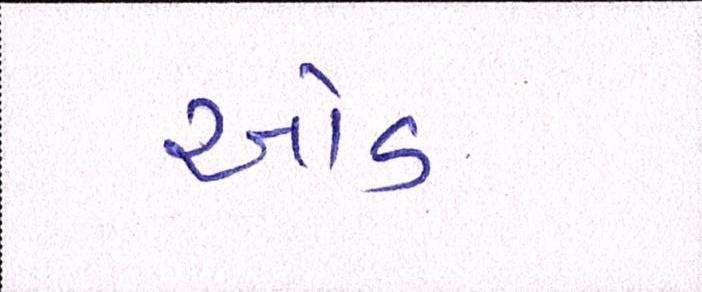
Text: ઓડ